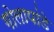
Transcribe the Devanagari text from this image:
गोलापांडे